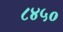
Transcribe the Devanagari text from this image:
८४५०